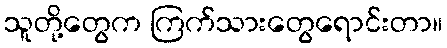
သူတို့တွေက ကြက်သားတွေရောင်းတာ။